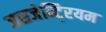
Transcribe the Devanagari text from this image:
जसजेन्टि्रयम